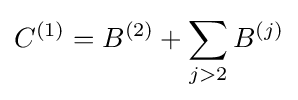
C^{(1)}=B^{(2)}+\sum _{j>2}B^{(j)}